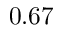
0 . 6 7